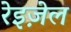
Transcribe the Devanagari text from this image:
रेइज़ेल